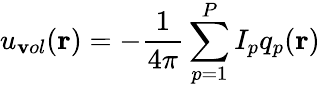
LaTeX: u_{\mathbf{v}ol}(\mathbf{{r}})=-\frac{{1}}{{4\pi}}\sum_{p=1}^{P}I_{p}q_{p}(\mathbf{{r}})